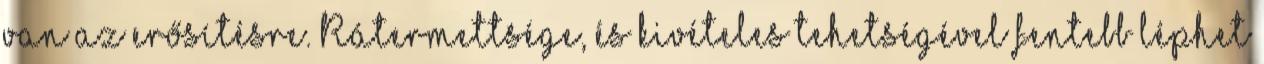
van az erősítésre. Rátermettsége, és kivételes tehetségével fentebb léphet